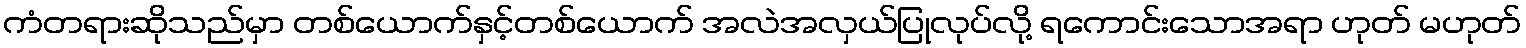
ကံတရားဆိုသည်မှာ တစ်ယောက်နှင့်တစ်ယောက် အလဲအလှယ်ပြုလုပ်လို့ ရကောင်းသောအရာ ဟုတ် မဟုတ်